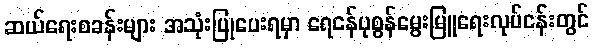
ဆယ်ရေးစခန်းများ အသုံးပြုပေးရမှာ ရေငန်ပုစွန်မွေးမြူရေးလုပ်ငန်းတွင်